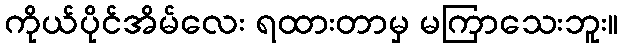
ကိုယ်ပိုင်အိမ်လေး ရထားတာမှ မကြာသေးဘူး။